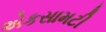
એકસામટી